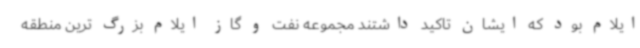
ایلام بود که ایشان تاکید داشتند مجموعه نفت و گاز ایلام بزرگ ترین منطقه